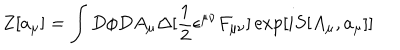
Z [ a _ { \mu } ] = \int D \phi D A _ { \mu } \Delta [ \frac { 1 } { 2 } \epsilon ^ { \mu \nu } F _ { \mu \nu } ] \exp [ i S [ A _ { \mu } , a _ { \mu } ] ]